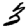
Digit: 3